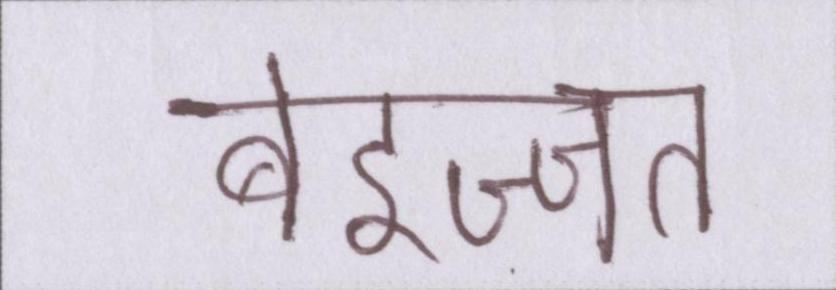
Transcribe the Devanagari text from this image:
बेइज्जत